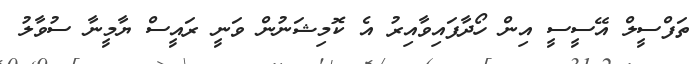
ތަފްސީލް އޭސީސީ އިން ހޯދާފައިވާއިރު އެ ކޮމިޝަނުން ވަނީ ރައީސް ޔާމީނާ ސުވާލު